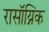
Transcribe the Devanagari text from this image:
रासॉय्निक